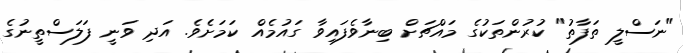
"ނަސްލީ ތަފާތު" ކުރުންތަކުގެ މައްޗަށް ބިނާވެފައިވާ ގައުމެއް ކަމަށެވެ. އަދި ވަނީ ފަލަސްތީނުގެ